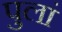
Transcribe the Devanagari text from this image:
पुलां